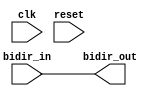
module compensated_buffer (
    input wire clk,
    input wire reset,
    input wire bidir_in,
    output wire bidir_out
);

// Compensation logic for handling signal delays and skew
// Level shifting and signal integrity logic can be added here

assign bidir_out = bidir_in;

endmodule